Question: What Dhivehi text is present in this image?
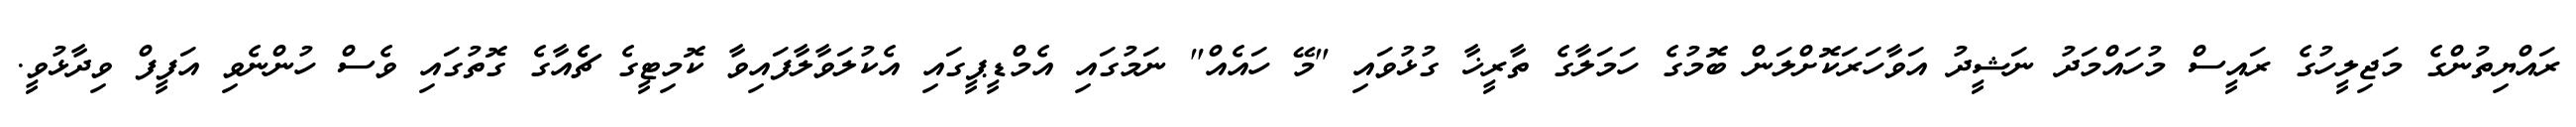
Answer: ރައްޔިތުންގެ މަޖިލީހުގެ ރައީސް މުހައްމަދު ނަޝީދު އަވާހަރަކޮށްލަން ބޮމުގެ ހަމަލާގެ ތާރީޚާ ގުޅުވައި "މޭ ހައެއް" ނަމުގައި އެމްޑީޕީގައި އެކުލަވާލާފައިވާ ކޮމިޓީގެ ޗެެއާގެ ގޮތުގައި ވެސް ހުންނެވި އަފީފް ވިދާޅުވީ.